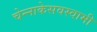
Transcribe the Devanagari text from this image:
चेन्‍नाकेसवस्‍वामी